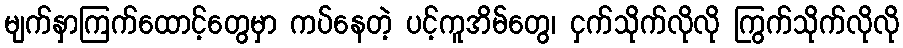
မျက်နှာကြက်ထောင့်တွေမှာ ကပ်နေတဲ့ ပင့်ကူအိမ်တွေ၊ ငှက်သိုက်လိုလို ကြွက်သိုက်လိုလို